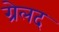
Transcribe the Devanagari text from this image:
ग्रेलद